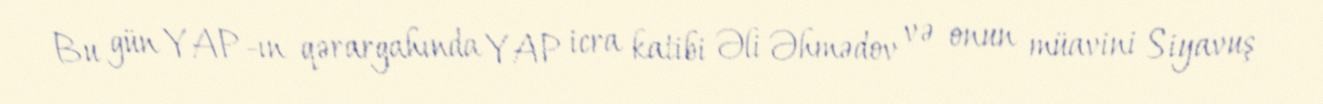
Bu gün YAP-ın qərargahında YAP icra katibi Əli Əhmədov və onun müavini Siyavuş